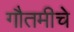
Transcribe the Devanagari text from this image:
गौतमीचे